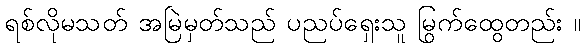
ရစ်လိုမသတ် အမြဲမှတ်သည် ပညပ်ရှေးသူ မြွက်ထွေတည်း ။